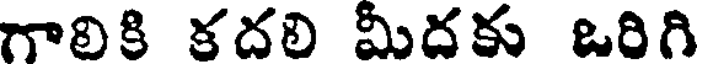
గాలికి కదలి మీదకు ఒరిగి